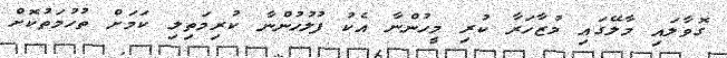
ގޮވާލައި މާލޭގައި މުޒާހަރާ ކުރި މީހުންނާ އެކު ފުލުހުންނާ ކުރިމަތިލި ކަމަށް ތުހުމަތުކޮށް